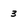
Character: 3